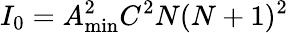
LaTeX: {I_{0}}=A_{\operatorname*{min}}^{2}{C^{2}}N(N+1)^{2}